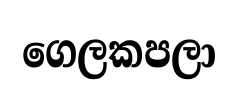
ගෙලකපලා